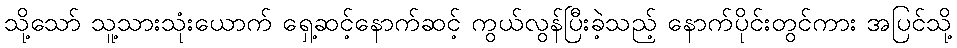
သို့သော် သူ့သားသုံးယောက် ရှေ့ဆင့်နောက်ဆင့် ကွယ်လွန်ပြီးခဲ့သည့် နောက်ပိုင်းတွင်ကား အပြင်သို့